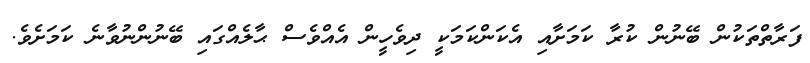
ފަރާތްތަކުން ބޭނުން ކުރާ ކަމަށާއި އެކަންކަމަކީ ދިވެހީން އެއްވެސް ޙާލެއްގައި ބޭނުންނުވާނެ ކަމަށެވެ.